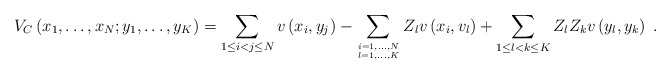
\begin{align*}V_C\left( x_1,\ldots,x_N;y_1,\ldots,y_K\right) = \sum_{1\leq i<j\leq N}v\left( x_i,y_j\right) - \sum_{i=1,\ldots,N \atop l=1,\ldots,K}Z_l v\left( x_i,v_l\right) + \sum_{1\leq l < k \leq K} Z_l Z_k v\left( y_l, y_k\right) \ .\end{align*}